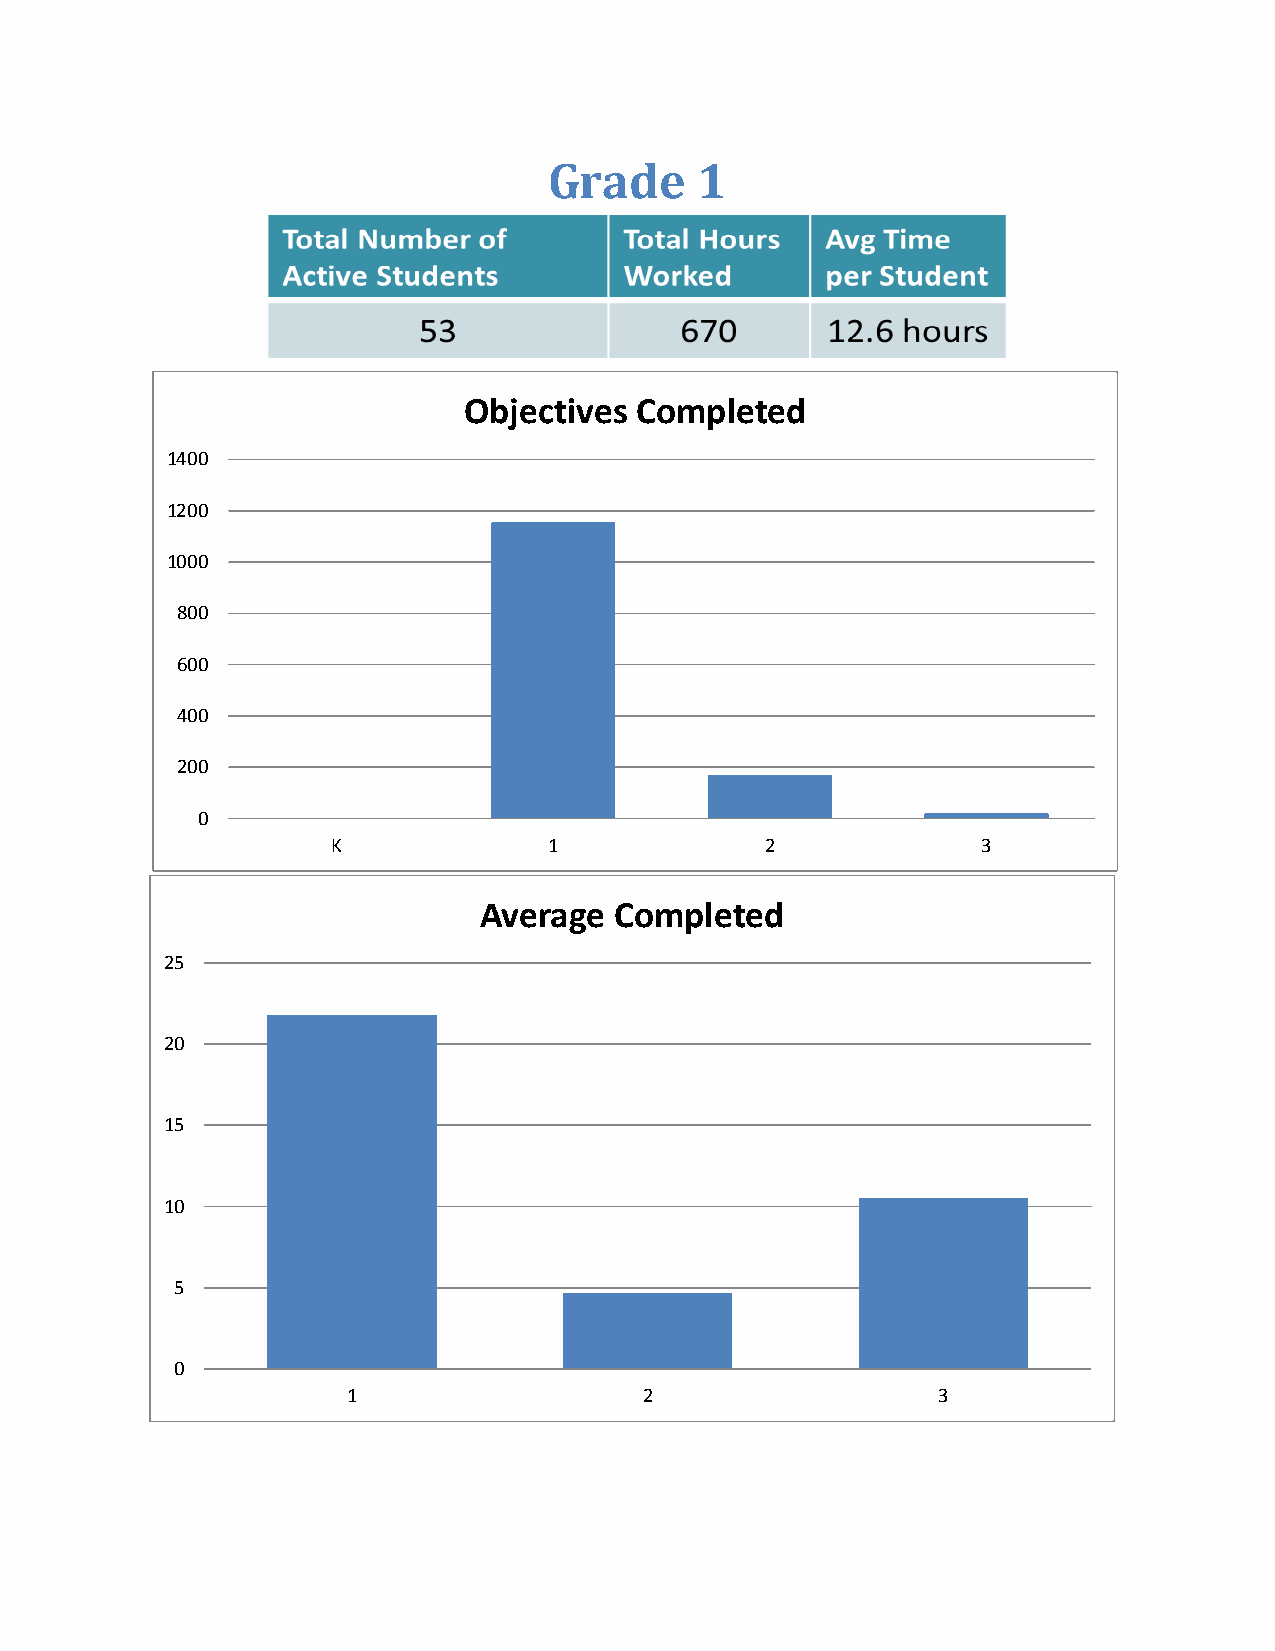
Grade     1
 Objectives Completed
 1400
 1200
 1000
 800
 600
 400
 200
 0
 K             1              2             3
 Average  Completed
 25
 20
 15
 10
 5
 0
 1                   2                  3